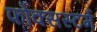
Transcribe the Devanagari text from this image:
फोक्सस्टर्म